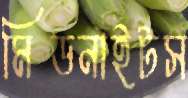
মিডনাইটস